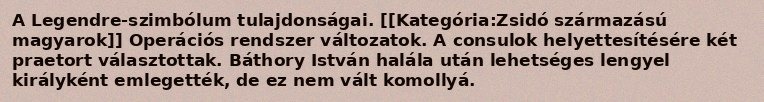
A Legendre-szimbólum tulajdonságai. [[Kategória:Zsidó származású magyarok]] Operációs rendszer változatok. A consulok helyettesítésére két praetort választottak. Báthory István halála után lehetséges lengyel királyként emlegették, de ez nem vált komollyá.